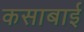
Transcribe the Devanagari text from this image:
कसाबाई